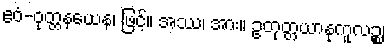
ဧဝံ-ဝုတ္တနယေန၊ ဖြင့်။ အဿ၊ အား။ ဥတုတ္တယာနုကူလဉ္စ၊